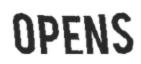
OPENS